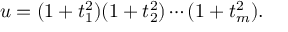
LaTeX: u = ( 1 + t _ { 1 } ^ { 2 } ) ( 1 + t _ { 2 } ^ { 2 } ) \cdots ( 1 + t _ { m } ^ { 2 } ) .